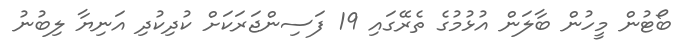
ބޯޓުން މީހުން ބާލަން އުޅުމުގެ ތެރޭގައި 19 ފަސިންޖަރަކަށް ކުދިކުދި އަނިޔާ ލިބުނު